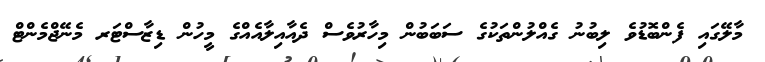
މާލޭގައި ފެންބޮޑުވެ ލިބުނު ގެއްލުންތަކުގެ ސަބަބުން މިހާރުވެސް ދެއާއިލާއެއްގެ މީހުން ޑިޒާސްޓަރ މެނޭޖްމެންޓް